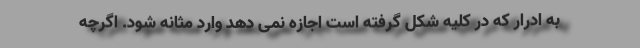
به ادرار که در کلیه شکل گرفته است اجازه نمی دهد وارد مثانه شود. اگرچه